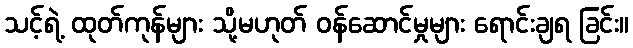
သင့်ရဲ့ ထုတ်ကုန်များ သို့မဟုတ် ဝန်ဆောင်မှုများ ရောင်းချရ ခြင်း။